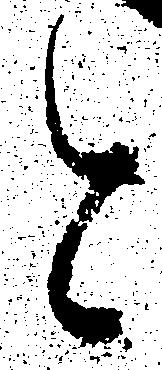
と